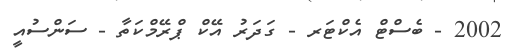
2002 - ބެސްޓް އެކްޓަރ - ގަދަރު އޭކް ޕްރޭމްކަތާ - ސަންސުއީ